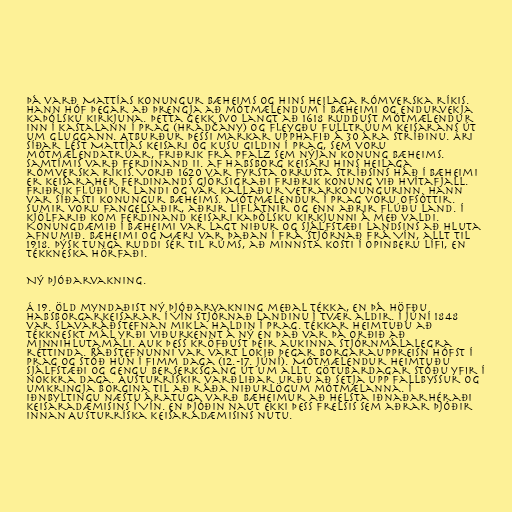
Þá varð Mattías konungur Bæheims og hins heilaga rómverska ríkis.
Hann hóf þegar að þrengja að mótmælendum í Bæheimi og endurvekja
kaþólsku kirkjuna. Þetta gekk svo langt að 1618 ruddust mótmælendur
inn í kastalann í Prag (Hradčany) og fleygðu fulltrúum keisarans út
um gluggann. Atburður þessi markar upphafið á 30 ára stríðinu. Ári
síðar lést Mattías keisari og kusu gildin í Prag, sem voru
mótmælendatrúar, Friðrik frá Pfalz sem nýjan konung Bæheims.
Samtímis varð Ferdinand II. af Habsborg keisari hins heilaga
rómverska ríkis. Vorið 1620 var fyrsta orrusta stríðsins háð í Bæheimi
er keisaraher Ferdinands gjörsigraði Friðrik konung við Hvítafjall.
Friðrik flúði úr landi og var kallaður Vetrarkonungurinn. Hann
var síðasti konungur Bæheims. Mótmælendur í Prag voru ofsóttir.
Sumir voru fangelsaðir, aðrir líflátnir og enn aðrir flúðu land. Í
kjölfarið kom Ferdinand keisari kaþólsku kirkjunni á með valdi.
Konungdæmið í Bæheimi var lagt niður og sjálfstæði landsins að hluta
afnumið. Bæheimi og Mæri var þaðan í frá stjórnað frá Vín, allt til
1918. Þýsk tunga ruddi sér til rúms, að minnsta kosti í opinberu lífi, en
tékkneska hörfaði.

Ný þjóðarvakning.

Á 19. öld myndaðist ný þjóðarvakning meðal Tékka, en þá höfðu
Habsborgarkeisarar í Vín stjórnað landinu í tvær aldir. Í júní 1848
var Slavaráðstefnan mikla haldin í Prag. Tékkar heimtuðu að
tékkneskt mál yrði viðurkennt á ný en það var þá orðið að
minnihlutamáli. Auk þess kröfðust þeir aukinna stjórnmálalegra
réttinda. Ráðstefnunni var vart lokið þegar borgarauppreisn hófst í
Prag og stóð hún í fimm daga (12.-17. júní). Mótmælendur heimtuðu
sjálfstæði og gengu berserksgang út um allt. Götubardagar stóðu yfir í
nokkra daga. Austurrískir varðliðar urðu að setja upp fallbyssur og
umkringja borgina til að ráða niðurlögum mótmælanna. Í
iðnbyltingu næstu áratuga varð Bæheimur að helsta iðnaðarhéraði
keisaradæmisins í Vín. En þjóðin naut ekki þess frelsis sem aðrar þjóðir
innan Austurríska keisaradæmisins nutu.